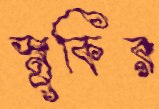
স্নুকির